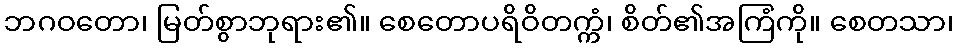
ဘဂဝတော၊ မြတ်စွာဘုရား၏။ စေတောပရိဝိတက္ကံ၊ စိတ်၏အကြံကို။ စေတသာ၊